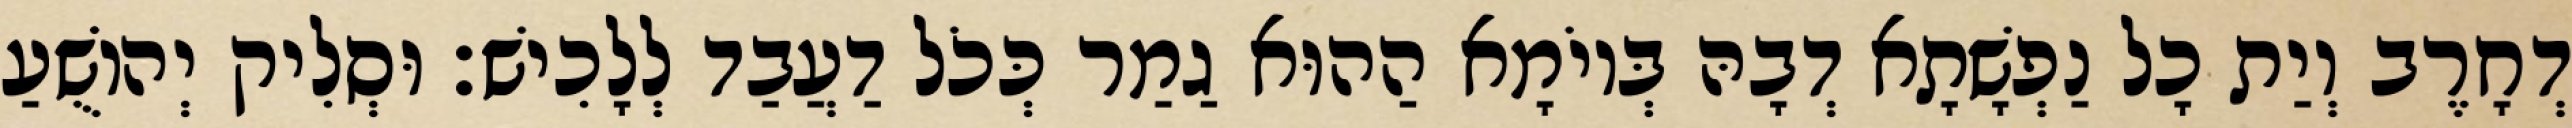
דְחָרֶב וְיַת כָל נַפְשָׁתָא דְבָהּ בְּיוֹמָא הַהוּא גַמַר כְּכֹל דַעֲבַד לְלָכִישׁ׃ וּסְלִיק יְהוֹשֻׁעַ